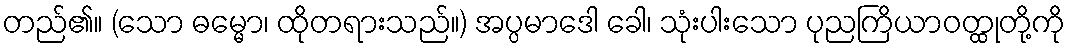
တည်၏။ (သော ဓမ္မော၊ ထိုတရားသည်။) အပ္ပမာဒေါ ခေါ၊ သုံးပါးသော ပုညကြိယာဝတ္ထုတို့ကို